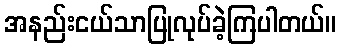
အနည်းငယ်သာပြုလုပ်ခဲ့ကြပါတယ်။